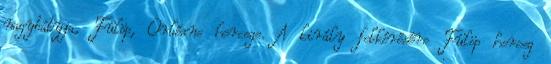
nagybátyja, Fülöp, Orléans hercege. A király felkérésére Fülöp herceg